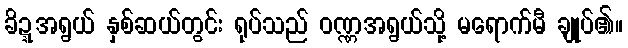
ခိဍ္ဍအရွယ် နှစ်ဆယ်တွင်း ရုပ်သည် ဝဏ္ဏအရွယ်သို့ မရောက်မီ ချုပ်၏။